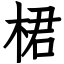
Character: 桾